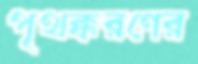
পৃথক্করণের